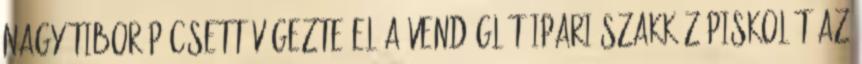
Nagy Tibor Pécsett végezte el a Vendéglátóipari Szakközépiskolát az